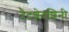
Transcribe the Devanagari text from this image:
टैटशेनशिनी